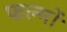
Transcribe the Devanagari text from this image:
फल्मों